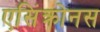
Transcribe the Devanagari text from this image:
एसिंक्रोनस